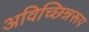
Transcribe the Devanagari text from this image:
अविच्छिन्नरूप